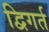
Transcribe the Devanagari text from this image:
द्विगर्त